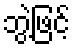
ဘွဲ့ဖြင့်